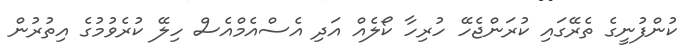
ކުންފުނީގެ ތެރޭގައި ކުރަންޖެހޭ ހުރިހާ ކޯލެއް އަދި އެސްއެމްއެސް ހިލޭ ކުރެވުމުގެ އިތުރުން